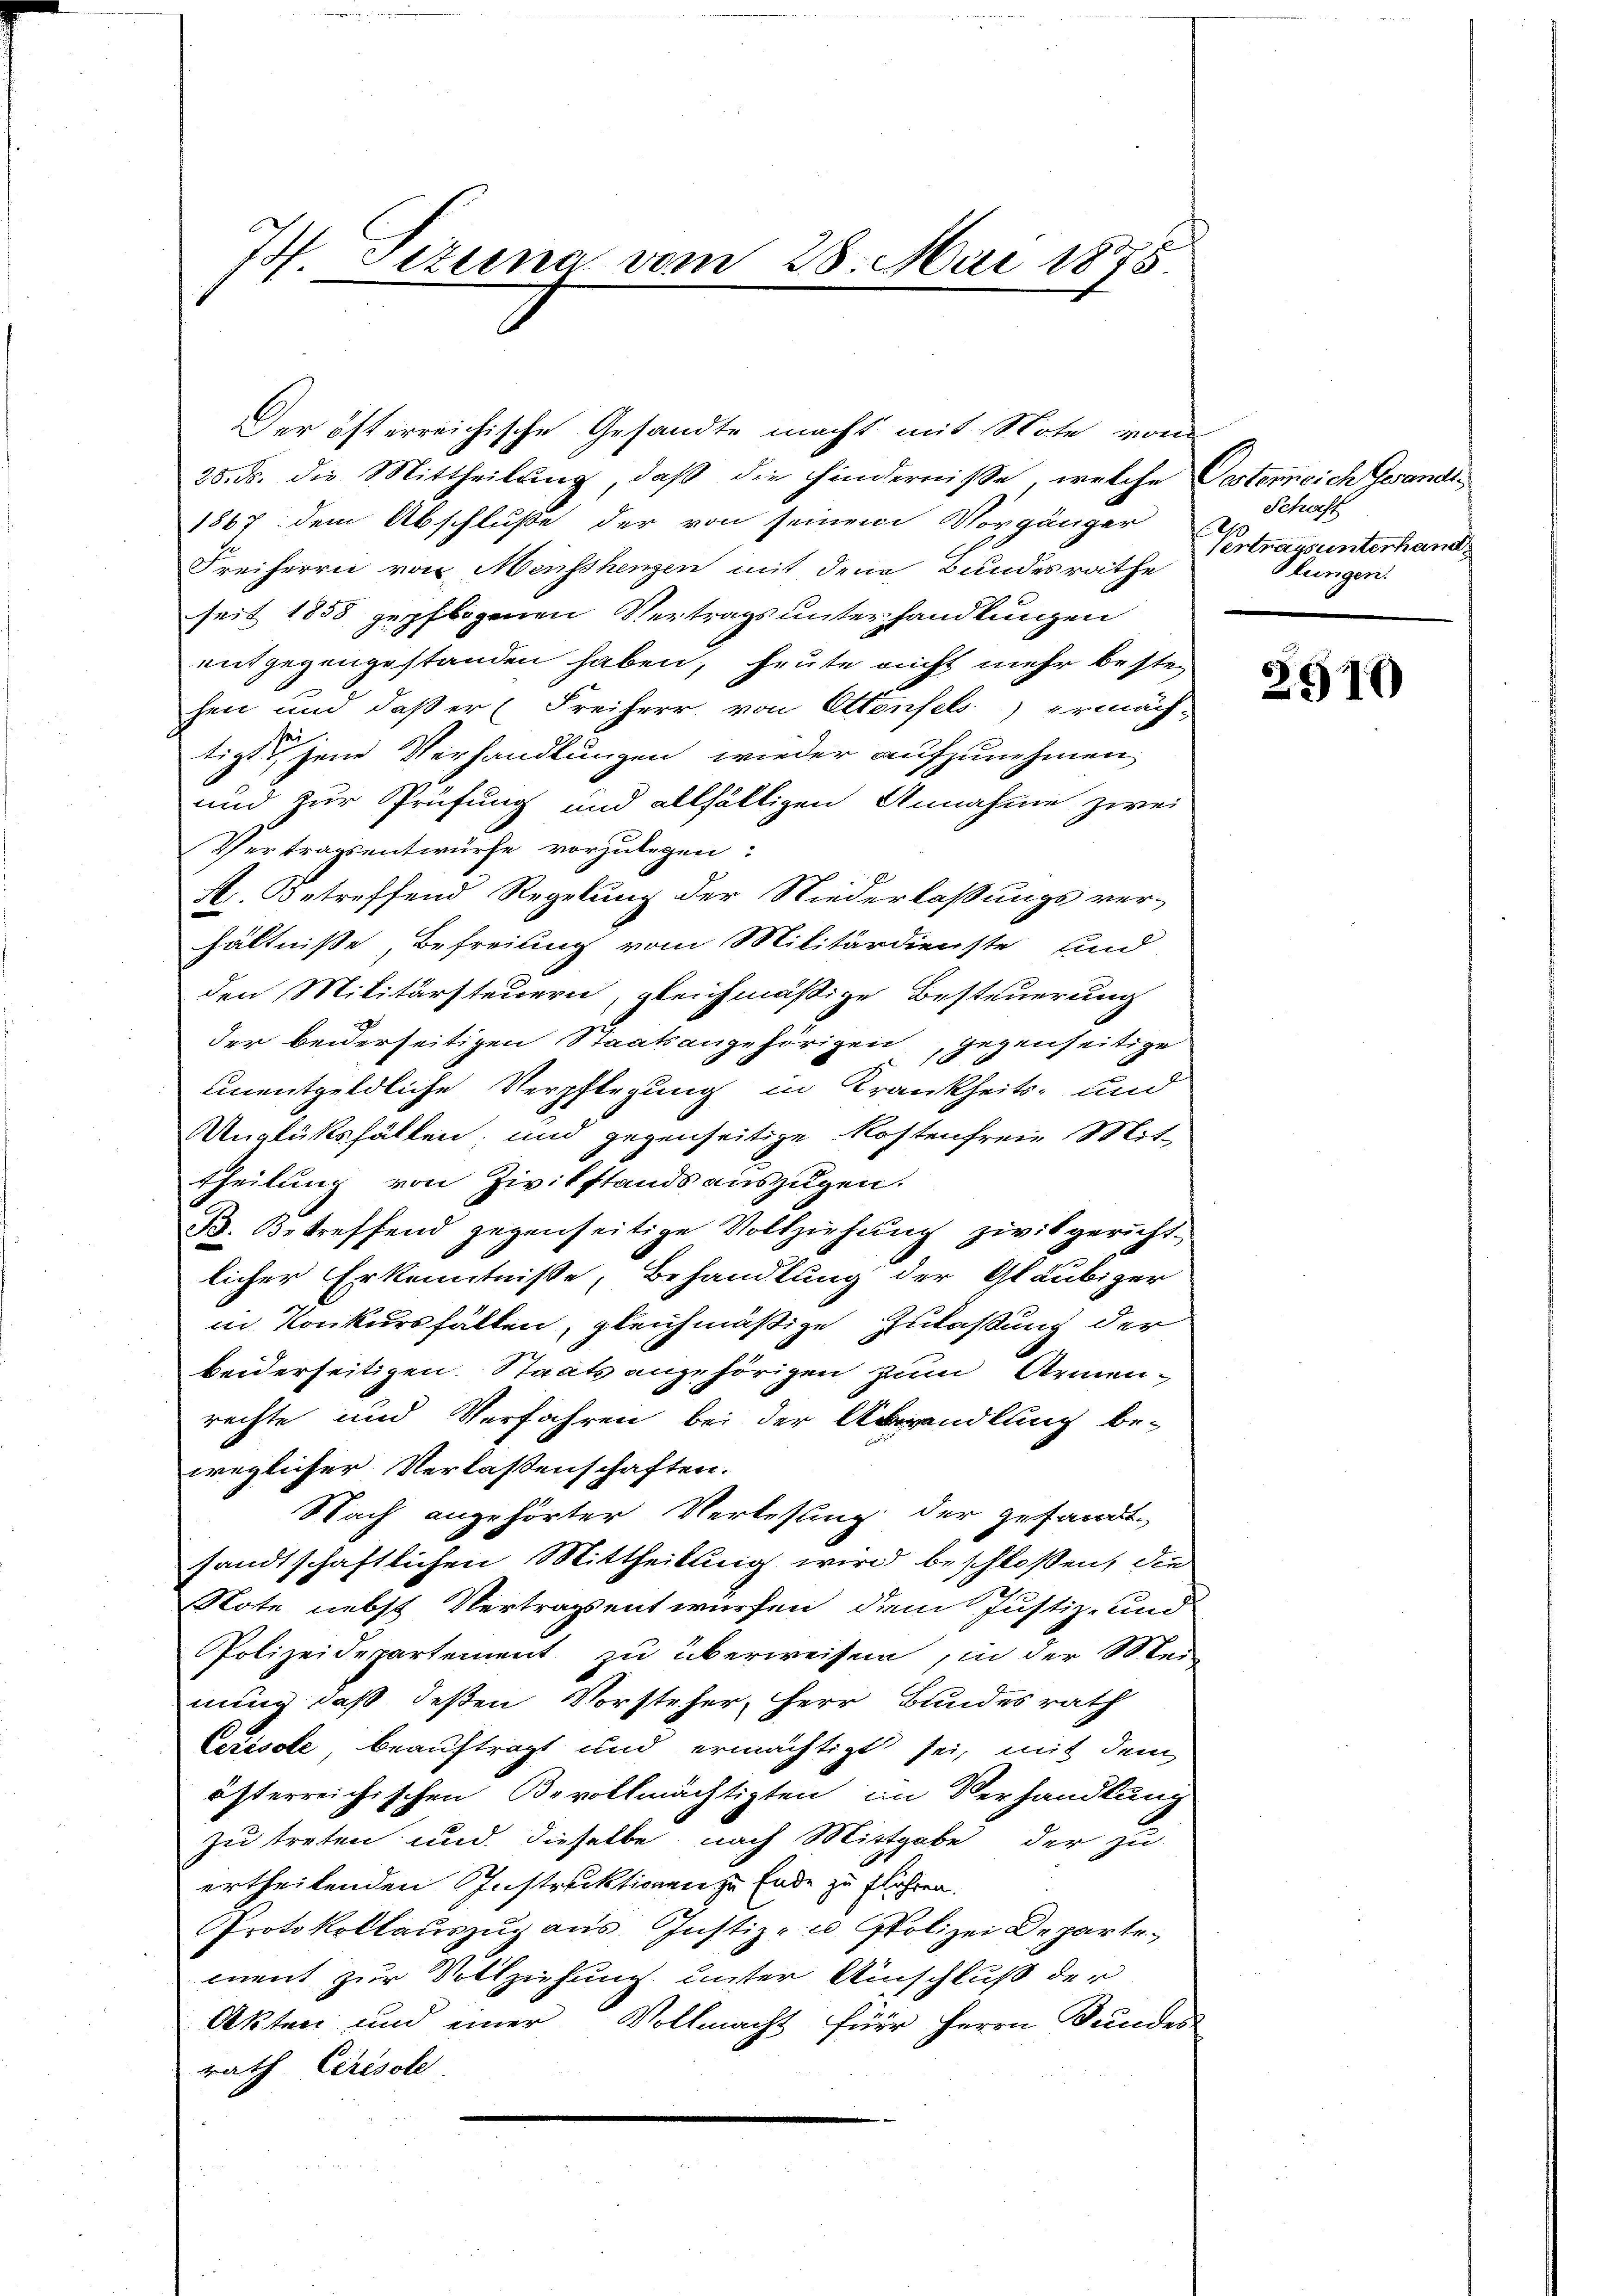
7 Sizung vom 28. Mai 1875

Der österreichische Gesandte macht mit Note vom
28. d. die Mittheilung, daß die hindernisse, welche
1867 dem Abschluße der von seinem Vorgänger
Freiherrn von Menschenzen mit den Bundesrathe
seit 1858 gepflogenen Vertrags unterhandlungen
entgegengestanden haben, heute nicht mehr bestehen und daß er (Freiherr von Ettenfels) ermäch-
tigt jene Verhandlungen wieder aufzunehmen,
und zur Prüfung und allfälligen Annahme zwei
Vertragsentwürfe vorzulegen:
A. Betreffend Regelung der Niederlaßungs ver-
hältniße, Befreiung vom Militärdienste und
den Militärsteuern, gleichmäßige Besteuerung
der beiderseitigen Staatsangehörigen
gegenseitige
unentgeldliche Verpflegung in Krankheits- und
Unglükshälten und gegenseitige Kostenfreie Mit-
theilung von Zivilstands auszugen.
B. Betreffend gegenseitige Vollziehung zwisgericht-
licher Erkenntnisse, Behandlung der Gläubiger
in Konkursfällen, gleichmäßige Zulaßung der
beiderseitigen Staatsangehörigen zum Armenrechte und Verfahren bei der Abwandlung be-
weglicher Verlassenschaften.
Nach angehörter Verlesung der gesandt
sandtschaftlichen Mittheilung wird beschloßen, die
Note nebst Vertragsentwürfen dem Justiz- und
Polizeidepartement zu überweisen, in der Mei
nung, daß deßen Vorsteher, Herr Bundesrath
Cerésole beauftragt und ermächtigt sei, mit dem
österreichischen Bevollmächtigten im Verhandlung
zu treten und dieselbe nach Mittgabe der zu
ertheilenden Instruktionen zu Ende zu flohren.
Protokollauszug aus Justiz- u Polizei Departement zur Vollziehung unter Umschluß der
Akten und einer Vollmacht für Herrn Bundes
rath Chrisole

Postensich Gesandt
Schaft
Vertragsunterhand
lungen.

2910